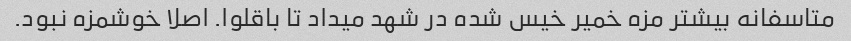
متاسفانه بیشتر مزه خمیر خیس شده در شهد میداد تا باقلوا. اصلا خوشمزه نبود.